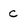
Character: c